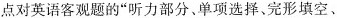
点对英语客观题的”听力部分、单项选择、完形填空、